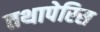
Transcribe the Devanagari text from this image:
तथापेरिस